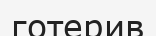
готерив